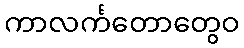
ကာလင်္ကတောတွေဝ